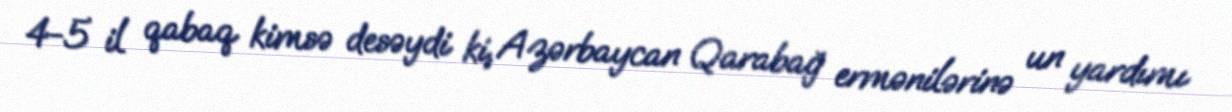
4-5 il qabaq kimsə desəydi ki, Azərbaycan Qarabağ ermənilərinə un yardımı